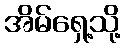
အိမ်ရှေ့သို့